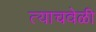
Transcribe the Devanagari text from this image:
त्‍याचवेळी